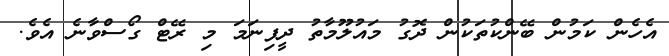
އެހެން ކަމުން ބޭންކުތަކުން ދޮގު މައުލޫމާތު ދީފިނަމަ މި ރޭޓް ގޯސްވާނެ އެވެ.